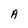
Character: A